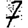
Digit: 7